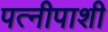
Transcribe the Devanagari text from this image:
पत्नीपाशी